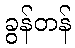
ခွန်တန်